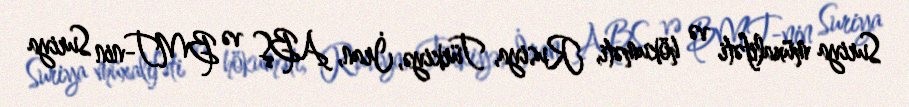
Suriya müxalifəti və hökuməti, Rusiya, Türkiyə, İran, ABŞ və BMT-nin Suriya